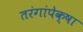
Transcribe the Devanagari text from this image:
तरंगांपेक्षा